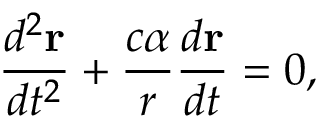
\frac { d ^ { 2 } { \bf r } } { d t ^ { 2 } } + \frac { c \alpha } { r } \frac { d { \bf r } } { d t } = 0 ,